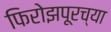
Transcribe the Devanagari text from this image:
फिरोझपूरच्या